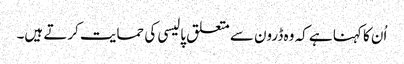
اُن کا کہنا ہے کہ وہ ڈرون سے متعلق پالیسی کی حمایت کرتے ہیں۔